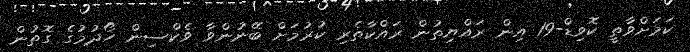
ކަމަށްވާތީ ކޮވިޑް-19 އިން ރައްޔިތުން ރައްކާތެރި ކުރުމަށް ބޭނުންވާ ވެކްސިން ހޯދުމުގެ ގޮތުން